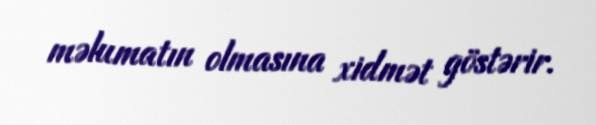
məlumatın olmasına xidmət göstərir.